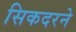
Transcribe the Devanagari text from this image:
सिकदरने